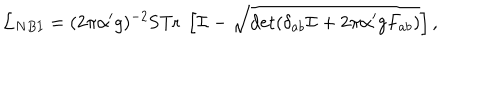
{ \cal L } _ { N B I } = ( 2 \pi \alpha ^ { \prime } g ) ^ { - 2 } \mathrm { S T r } ~ \left[ { \cal I } - \sqrt { \det ( \delta _ { a b } { \cal I } + 2 \pi \alpha ^ { \prime } g F _ { a b } ) } \right] ,